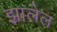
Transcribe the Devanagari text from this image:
झालेल